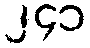
၂၄၁